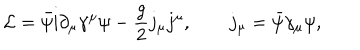
{ \cal L } = \bar { \psi } \mathrm { i } \partial _ { \mu } \gamma ^ { \mu } \psi - \frac { g } { 2 } j _ { \mu } j ^ { \mu } , \quad \quad j _ { \mu } = \bar { \psi } \gamma _ { \mu } \psi ,